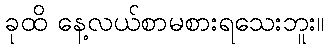
ခုထိ နေ့လယ်စာမစားရသေးဘူး။